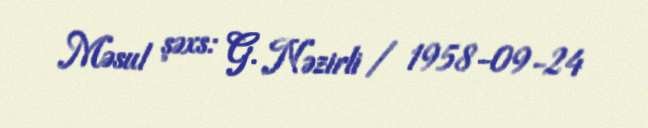
Məsul şəxs: G. Nəzirli / 1958-09-24